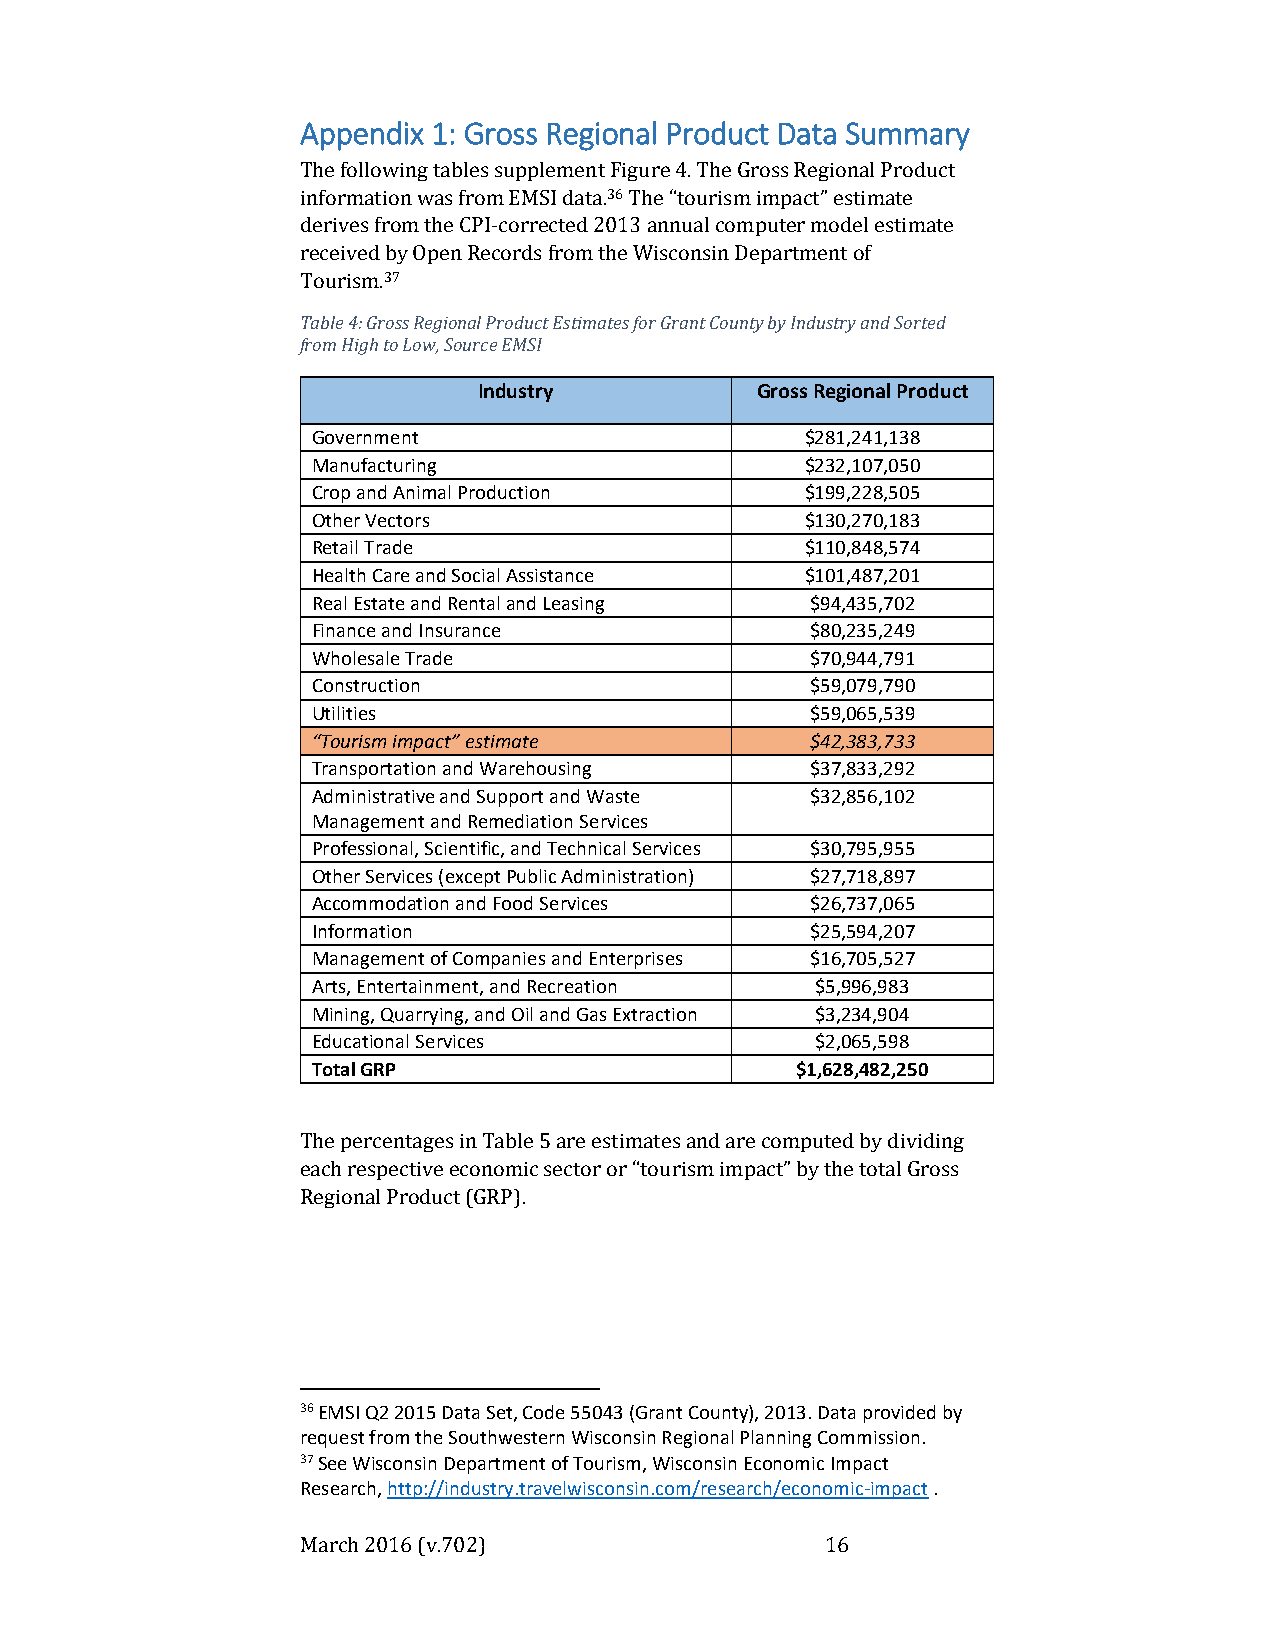
Appendix 1: Gross Regional Product Data Summary
 The following tables supplement Figure 4. The Gross Regional Product
 information was from EMSI data.36 The “tourism impact” estimate
 derives from the CPI-corrected 2013 annual computer model estimate
 received by Open Records from the Wisconsin Department of
 Tourism.37
 Table 4: Gross Regional Product Estimates for Grant County by Industry and Sorted
 from High to Low, Source EMSI
 Industry          Gross Regional Product
 Government                      $281,241,138
 Manufacturing                   $232,107,050
 Crop and Animal Production      $199,228,505
 Other Vectors                   $130,270,183
 Retail Trade                    $110,848,574
 Health Care and Social Assistance $101,487,201
 Real Estate and Rental and Leasing $94,435,702
 Finance and Insurance            $80,235,249
 Wholesale Trade                  $70,944,791
 Construction                     $59,079,790
 Utilities                        $59,065,539
 “Tourism impact” estimate        $42,383,733
 Transportation and Warehousing   $37,833,292
 Administrative and Support and Waste $32,856,102
 Management and Remediation Services
 Professional, Scientific, and Technical Services $30,795,955
 Other Services (except Public Administration) $27,718,897
 Accommodation and Food Services  $26,737,065
 Information                      $25,594,207
 Management of Companies and Enterprises $16,705,527
 Arts, Entertainment, and Recreation $5,996,983
 Mining, Quarrying, and Oil and Gas Extraction $3,234,904
 Educational Services             $2,065,598
 Total GRP                       $1,628,482,250
 The percentages in Table 5 are estimates and are computed by dividing
 each respective economic sector or “tourism impact” by the total Gross
 Regional Product (GRP).
 36 EMSI Q2 2015 Data Set, Code 55043 (Grant County), 2013. Data provided by
 request from the Southwestern Wisconsin Regional Planning Commission.
 37 See Wisconsin Department of Tourism, Wisconsin Economic Impact
 Research, http://industry.travelwisconsin.com/research/economic-impact .
 March 2016 (v.702)                 16